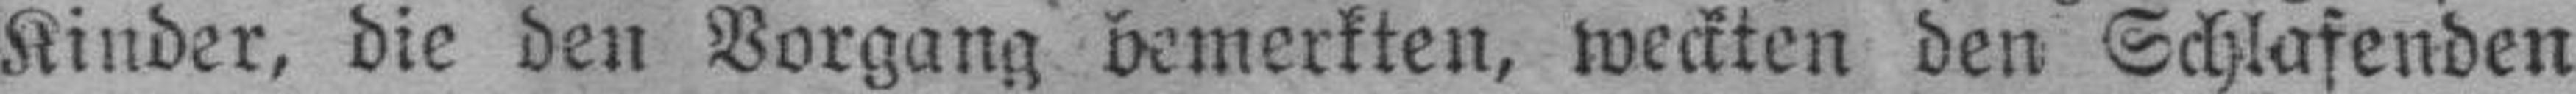
Kinder, die den Vorgang bemerkten, weckten den Schlafenden